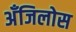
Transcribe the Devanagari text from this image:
अँजिलोस